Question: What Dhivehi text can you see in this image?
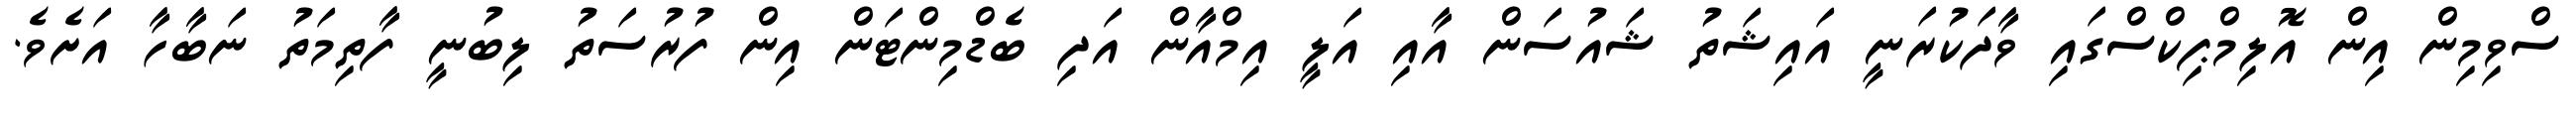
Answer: ސްވިމިން އިން އޮލިމްޕިކްސްގައި ވާދަކުރަނީ އައިޝަތު ޝައުސަން އާއި އަލީ އިމްއާން އަދި ބެޑްމިންޓަން އިން ފުރުސަތު ލިބުނީ ފާތިމަތު ނަބާހާ އަށެވެ.